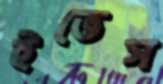
ইভেস